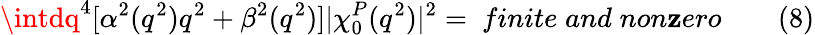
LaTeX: \intdq^{4}[\alpha^{2}(q^{2})q^{2}+\beta^{2}(q^{2})]|\chi_{0}^{P}(q^{2})|^{2}=~finite\; and\; non\mathbf{z}ero\qquad(8)